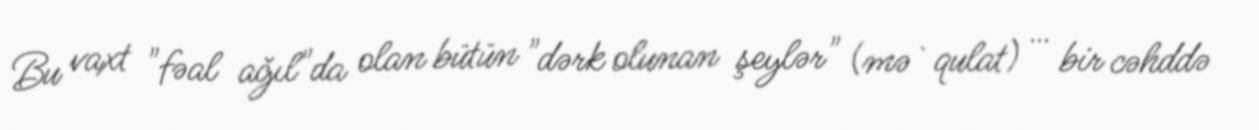
Bu vaxt "fəal ağıl"da olan bütün "dərk olunan şeylər" (mə`qulat) … bir cəhddə